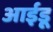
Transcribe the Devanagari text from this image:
आईडू